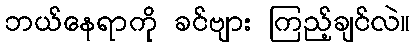
ဘယ်နေရာကို ခင်ဗျား ကြည့်ချင်လဲ။